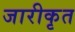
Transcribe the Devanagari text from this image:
जारीकृत